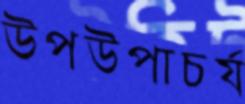
উপউপাচর্য